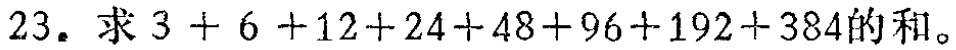
23. 求 \(3 + 6 + 12+24+48+96+192+384\) 的和。